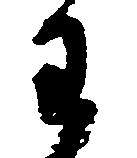
わ